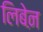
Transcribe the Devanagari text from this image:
लिबेऩ